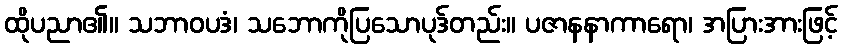
ထိုပညာ၏။ သဘာဝပဒံ၊ သဘောကိုပြသောပုဒ်တည်း။ ပဇာနနာကာရော၊ အပြားအားဖြင့်